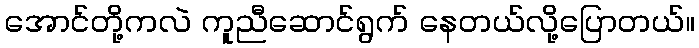
အောင်တို့ကလဲ ကူညီဆောင်ရွက် နေတယ်လို့ပြောတယ်။